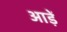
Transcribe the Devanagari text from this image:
आड़ें